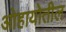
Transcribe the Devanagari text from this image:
ओहायोतील